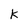
Character: k